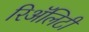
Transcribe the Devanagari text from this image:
रिॲलिटी